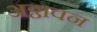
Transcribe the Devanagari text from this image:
अठ्ठावन